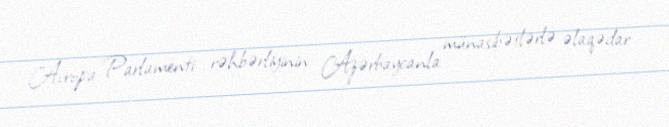
Avropa Parlamenti rəhbərliyinin Azərbaycanla münasibətlərlə əlaqədar